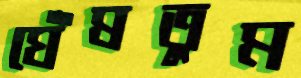
ঘেঁষতুম